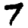
Digit: 7